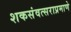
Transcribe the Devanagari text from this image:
शकसंवत्सराप्रमाणे